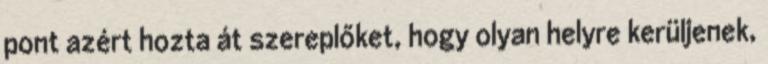
pont azért hozta át szereplőket, hogy olyan helyre kerüljenek,